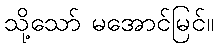
သို့သော် မအောင်မြင်။